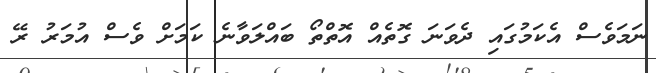
ނަމަވެސް އެކަމުގައި ދެވަނަ ގޮތެއް އޮތްތޯ ބައްލަވާނެ ކަމަށް ވެސް އުމަރު ރޭ